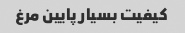
کیفیت بسیار پایین مرغ